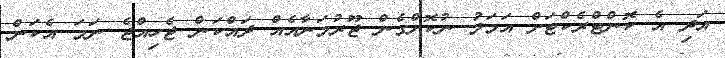
އަދި އެ ކޮންޓްރެކްޓަށް އަމަލު ނުކޮށްގެން ޖޫރުމަނާއެއް ދައްކަން ޖެހިއްޖެ ނަމަ އެކަން